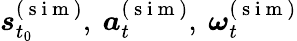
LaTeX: \boldsymbol{s}_{t_{0}}^{(\mathrm{~s~i~m~})},~\boldsymbol{a}_{t}^{(\mathrm{~s~i~m~})},~\boldsymbol{\omega}_{t}^{(\mathrm{~s~i~m~})}